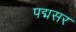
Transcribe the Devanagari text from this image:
पद्मसर